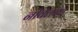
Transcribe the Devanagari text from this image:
नोवेलच्या